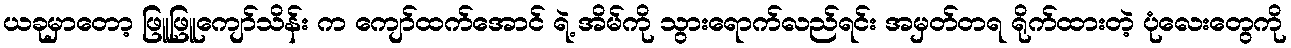
ယခုမှာတော့ ဖြူဖြူကျော်သိန်း က ကျော်ထက်အောင် ရဲ့ အိမ်ကို သွားရောက်လည်ရင်း အမှတ်တရ ရိုက်ထားတဲ့ ပုံလေးတွေကို